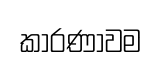
කාරණාවම